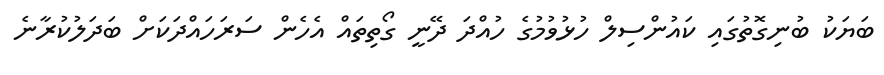
ބަޔަކު ބުނިގޮތުގައި ކައުންސިލް ހުޅުވުމުގެ ހުއްދަ ދޭނީ ގޯތިތައް އެހެން ސަރަހައްދަކަށް ބަދަލުކުރާނެ